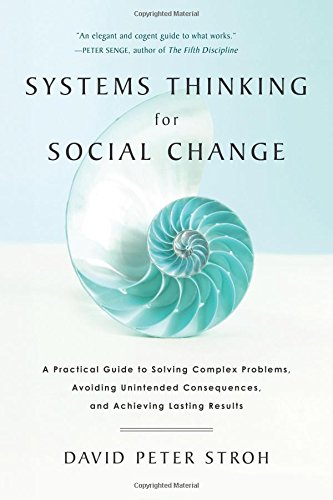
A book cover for Systems Thinking For Social Change: A Practical Guide to Solving Complex Problems, Avoiding Unintended Consequences, and Achieving Lasting Results; David Peter Stroh; Science & Math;